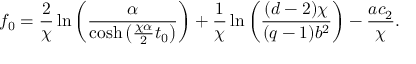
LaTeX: f _ { 0 } = \frac 2 { \chi } \ln \left( \frac { \alpha } { \cosh \left( { \frac { \chi \alpha } { 2 } } t _ { 0 } \right) } \right) + \frac 1 { \chi } \ln \left( { \frac { ( d - 2 ) \chi } { ( q - 1 ) b ^ { 2 } } } \right) - { \frac { a c _ { 2 } } { \chi } } .